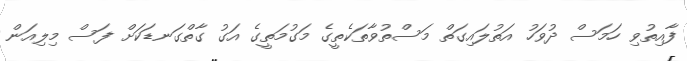
ފާއިތުވި ހަމަސް ދުވަހު އަތުލައިގަތް މަސްތުވާތަކެތީގެ މަގުމަތީގެ އަގު ގާތްގަނޑަކަށް ފަސް މިލިއަން